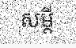
សម្តី